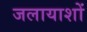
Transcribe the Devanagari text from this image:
जलायाशों